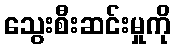
သွေးစီးဆင်းမှုကို